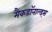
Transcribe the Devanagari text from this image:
मैकडॉनाल्ड्स